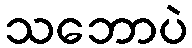
သဘောပဲ